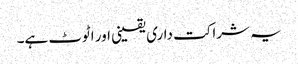
یہ شراکت داری یقینی اور اٹوٹ ہے۔